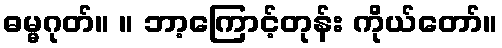
ဓမ္မဂုတ်။ ။ ဘာ့ကြောင့်တုန်း ကိုယ်တော်။